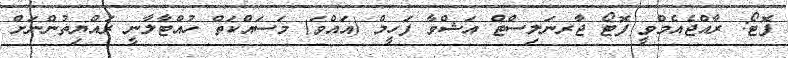
ފޮޓޯ: ރާއްޖެއެމްވީ ފޮޓޯ ޖާރނަލިސްޓް އަޝްވާ ފަހީމް (އައްވަ) މަސައްކަތް ހުއްޓާލާނީ ރައްޔިތުންނަށް